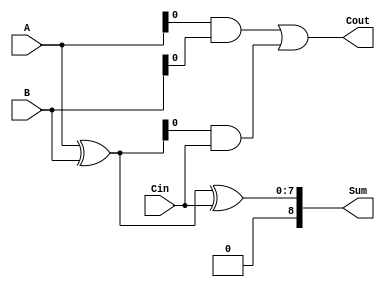
module carry_skip_adder (
    input [7:0] A,
    input [7:0] B,
    input Cin,
    output [8:0] Sum,
    output Cout
);

wire [8:0] G, P, C;

assign G = A & B; // generate signals
assign P = A ^ B; // propagate signals

assign Sum = P ^ Cin; // calculate sum
assign Cout = G | (P & Cin); // calculate carry out

endmodule